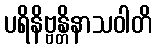
ပရိနိဗ္ဗန္တိနာသဝါတိ